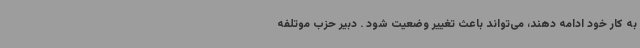
به کار خود ادامه دهند، می‌تواند باعث تغییر وضعیت شود . دبیر حزب موتلفه